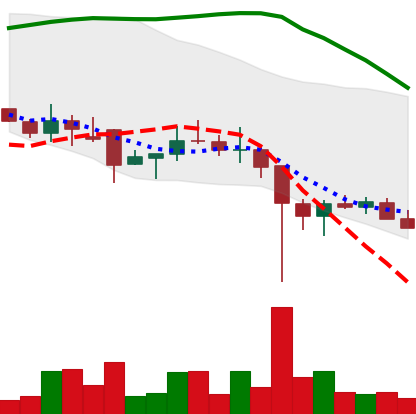
Ticker: DOGE-USD
Chart end date: 2021-12-10
Forward return: 10.132%
Label: up_7plus